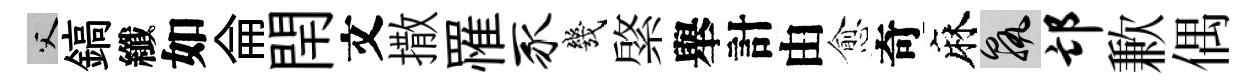
父鎬纖如侖閈文撒罹豕幾綮舉計由愈奇麻孰邙歉偶